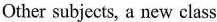
Other subjects, a new class